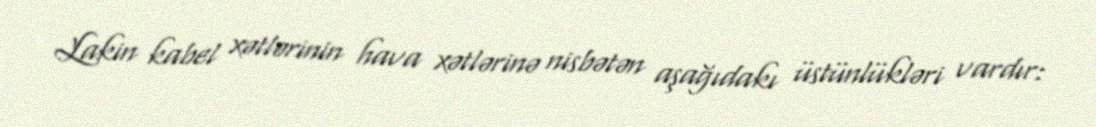
Lakin kabel xətlərinin hava xətlərinə nisbətən aşağıdakı üstünlükləri vardır: